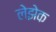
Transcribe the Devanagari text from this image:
लेझेक